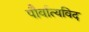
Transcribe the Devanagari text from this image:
पौर्वात्यविद